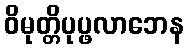
ဝိမုတ္တိပုပ္ဖလာဘေန